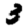
Digit: 3